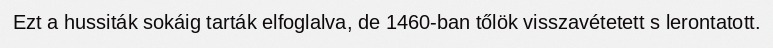
Ezt a hussiták sokáig tarták elfoglalva, de 1460-ban tőlök visszavétetett s lerontatott.